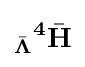
{}_{\bar {\boldsymbol {\Lambda }}}{}^{\bf {4}}{\bar {\bf {H}}}